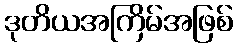
ဒုတိယအကြိမ်အဖြစ်